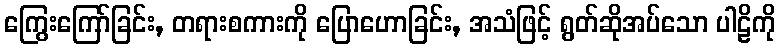
ကြွေးကြော်ခြင်း, တရားစကားကို ပြောဟောခြင်း, အသံဖြင့် ရွတ်ဆိုအပ်သော ပါဠိကို